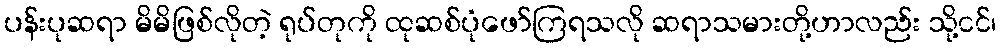
ပန်းပုဆရာ မိမိဖြစ်လိုတဲ့ ရုပ်တုကို ထုဆစ်ပုံဖော်ကြရသလို ဆရာသမားတို့ဟာလည်း သို့ငင်၊